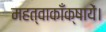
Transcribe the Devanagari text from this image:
महत्वाकाँक्षायें।